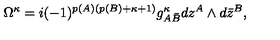
\Omega ^ { \kappa } = i ( - 1 ) ^ { p ( A ) ( p ( B ) + \kappa + 1 ) } g _ { A { \bar { B } } } ^ { \kappa } d z ^ { A } \wedge d { \bar { z } } ^ { B } ,